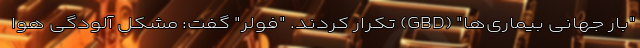
"بار جهانی بیماری‌ها" (GBD) تکرار کردند. "فولر" گفت: مشکل آلودگی هوا